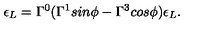
\epsilon _ { L } = \Gamma ^ { 0 } ( \Gamma ^ { 1 } s i n \phi - \Gamma ^ { 3 } c o s \phi ) \epsilon _ { L } .